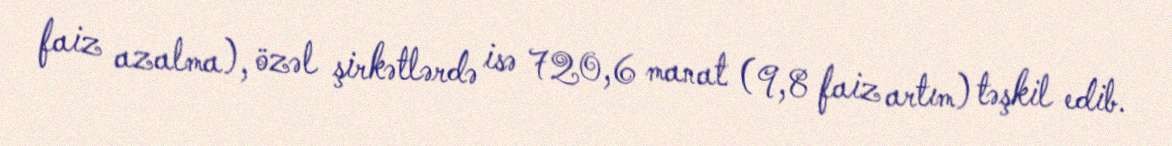
faiz azalma), özəl şirkətlərdə isə 720,6 manat (9,8 faiz artım) təşkil edib.